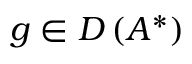
g \in D \left( A ^ { * } \right)